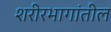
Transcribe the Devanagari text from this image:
शरीरभागांतील